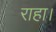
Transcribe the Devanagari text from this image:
राहा।